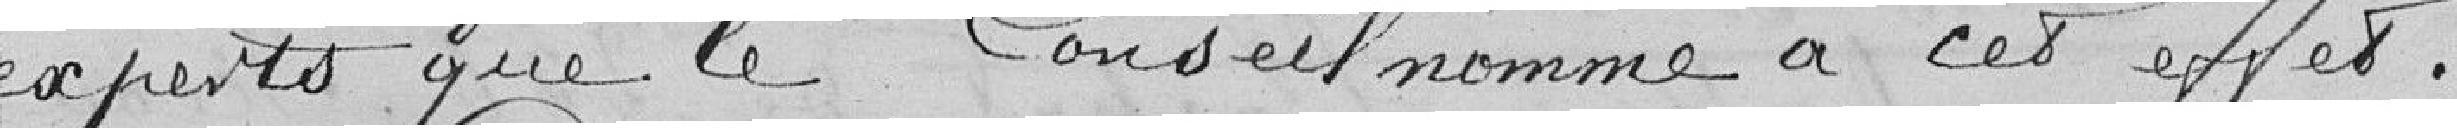
experts que le Conseil nomme à cet effet.